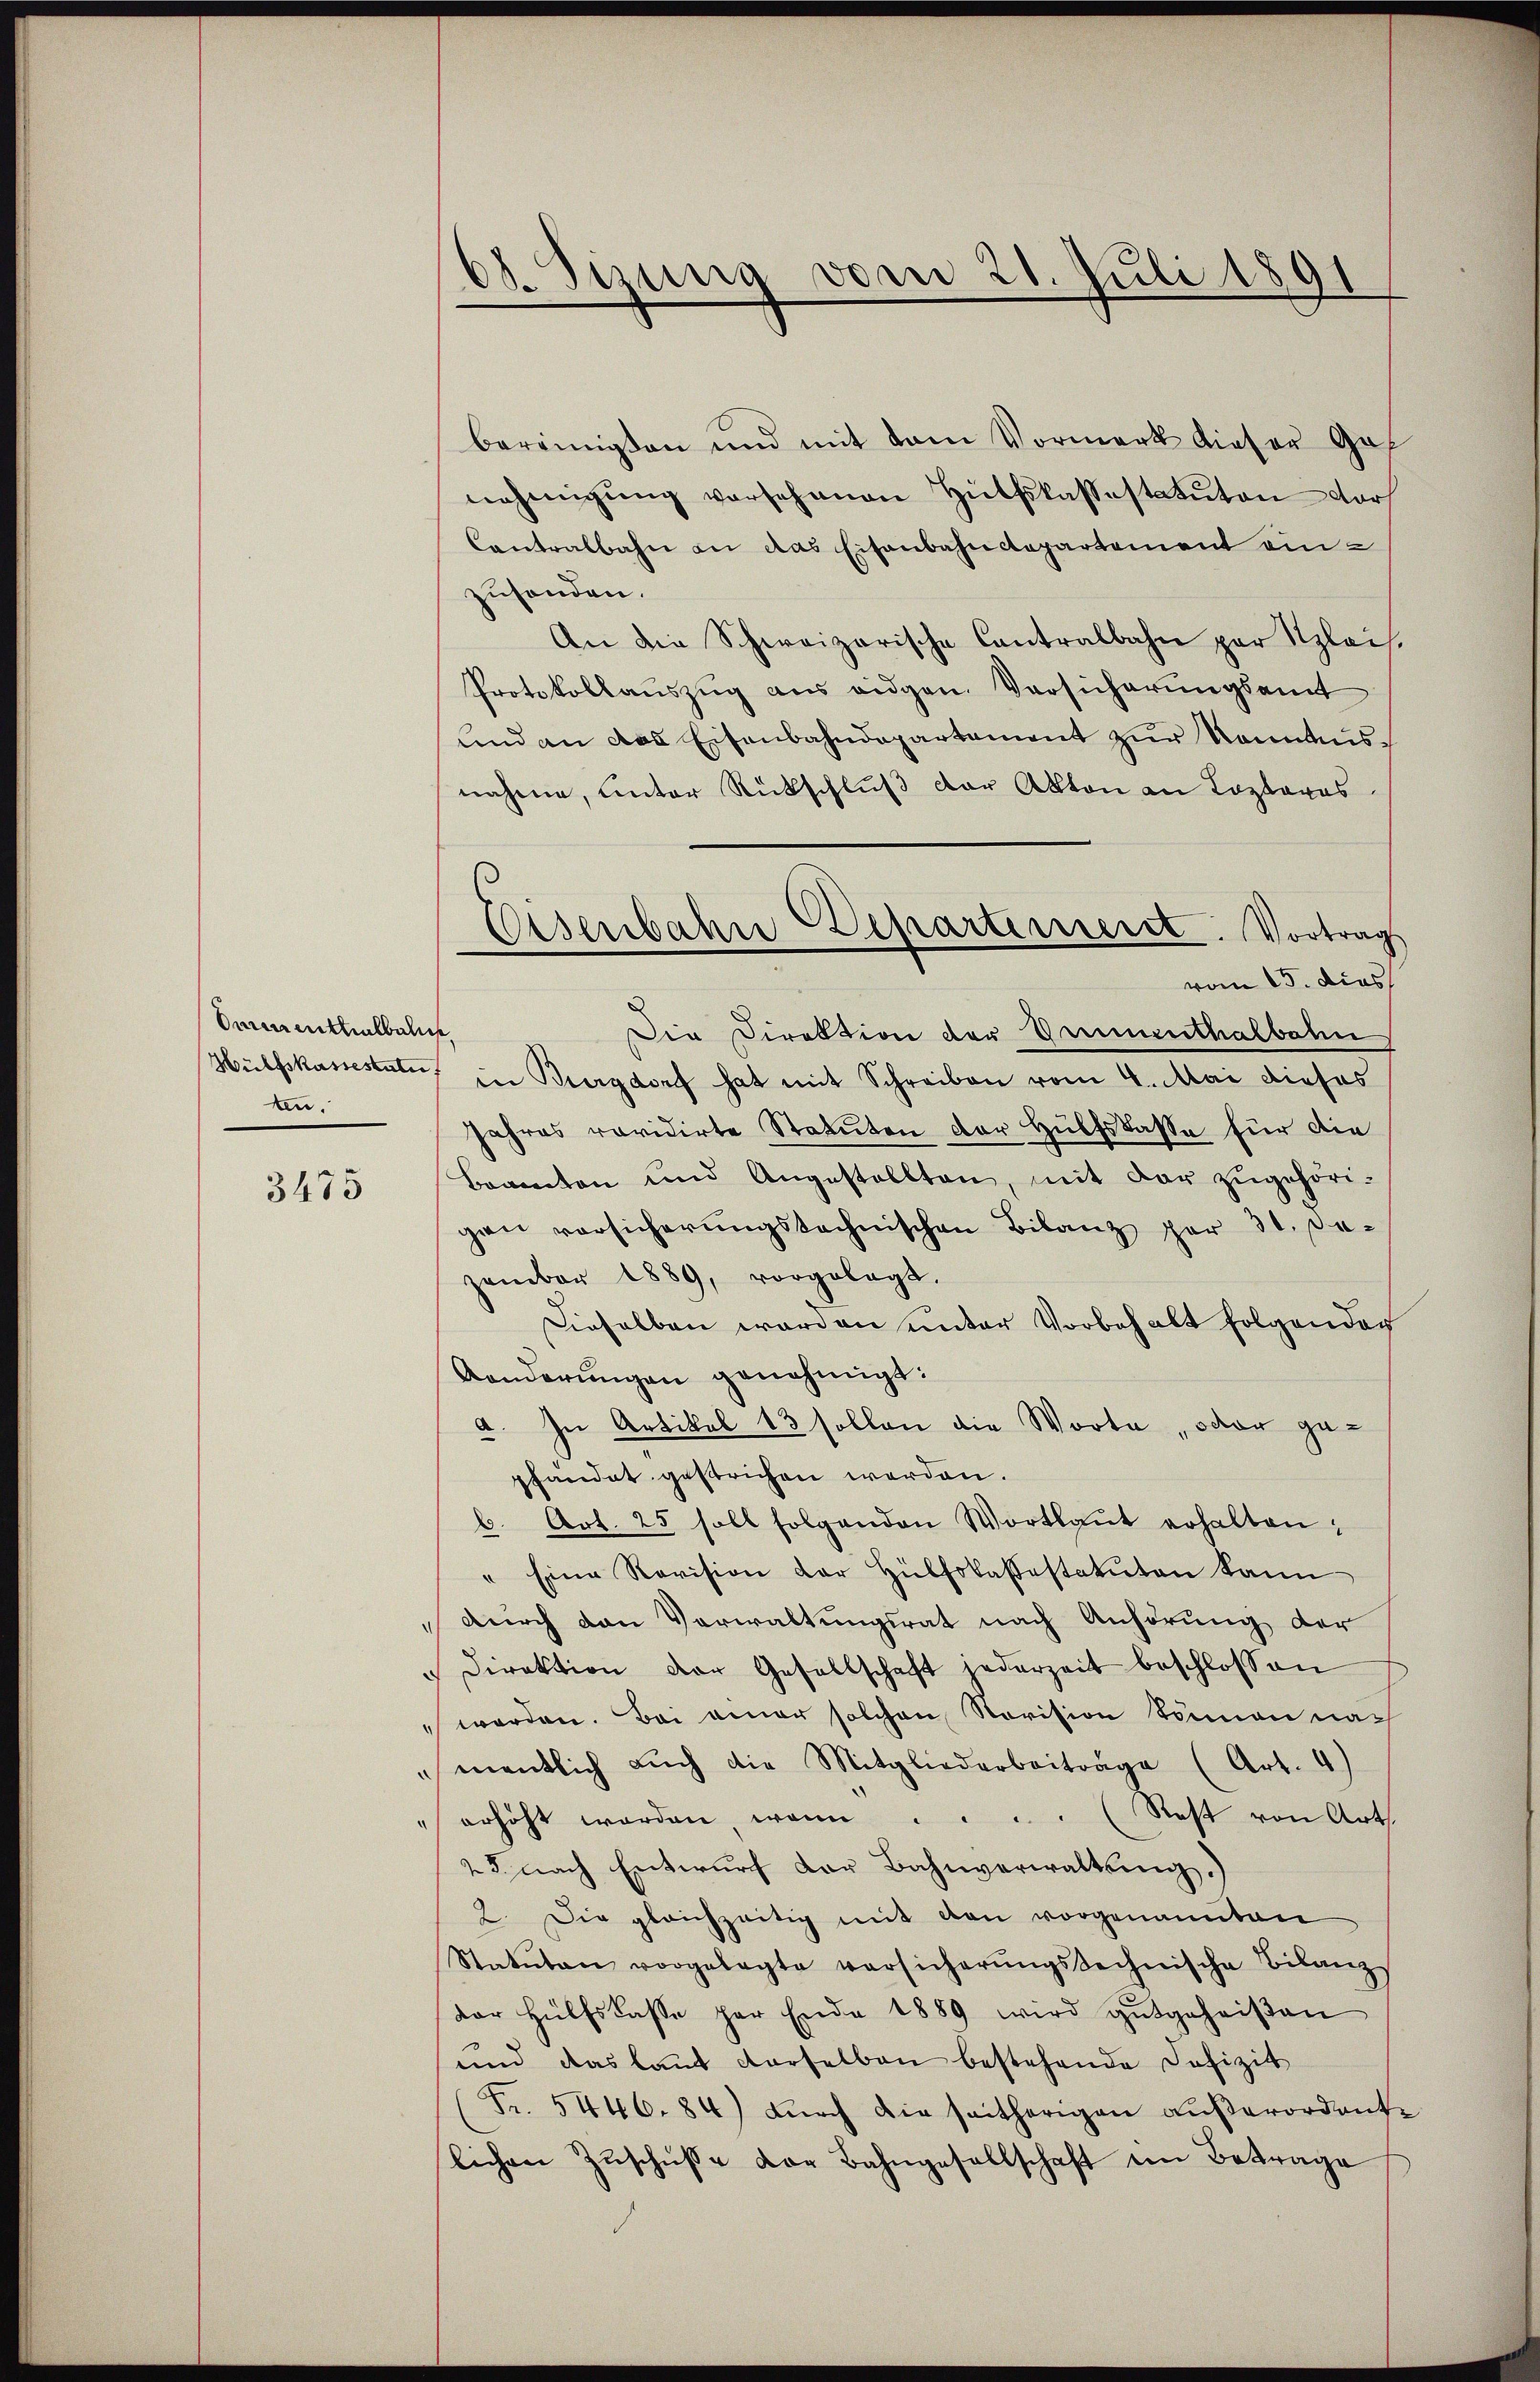
Damenthalbeln,
ten.

3475

68. Sizung vom 21. Juli 1891

bereinigten und mit vom Vormerk dieser Ges
nehmigŭng versehenen Hülfskassestatuten dar
Contralbahn an das Eisenbahndepartement einzusonden.
An die Schweizerische Cantralbahn par Klais.
Protokollauszug aus eidgen. Versicherungsamt
und an das Eisenbahndepartement zur Kenntnisnahme, unter Rückschluß der Akten an Lazarus
vom 15. dies
Die Direktion der Emmenthalbahn
Hilfskassestate, in Burgdorf hat mit Schreiben vom 4. Mai dieses
Jahres revidirte Statuten der Hülfskasse für die
Beamten und Angestellten, mit der zugehörigen vorsicherŭngstechnischen Bilanz per 30. Dezember 1889, vorgelegt.
Dieselben werden unter Vorbehalt folgendec
Aenderungen genehmigt:
a. In Artikel 12 sollen die Worte , oder gepfandat gestrichen werden.
b. Art. 25 soll folgenden Wortlaut erhalten;
" Eine Revision der Hülfskassestatuten kann
durch den Verwaltungsrat nach Anhörung der
" Direktion der Gesellschaft jederzeit beschlossen
worden. Bei einer solchen Revision können nach
mentlich aŭch die Mitgliederbeitrage (Art. 4)
Rest von Art.
" erhöht worden, wenn
25 nach Entwurf der Bahnverwaltung.)
2. Die gleichzeitig mit den vorgenannten
Statuten vorgelegte versicherŭngstechnische Bilanz
dor Hülfslasse par Ende 1889 wird gutgeheiβen
und das kannt derselben bestehende Defizit
(Fr. 5446. 84) dŭrch die seitherigen aŭβerordente
lichen Zŭschŭβe der Bahngesellschaft im Betrage

Eisenbahn Departement. Vortrag